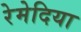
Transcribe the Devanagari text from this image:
रेमेदिया